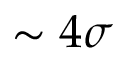
\sim 4 \sigma